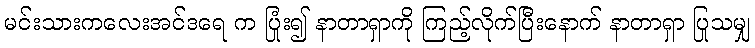
မင်းသားကလေးအင်ဒရေ က ပြုံး၍ နာတာရှာကို ကြည့်လိုက်ပြီးနောက် နာတာရှာ ပြုသမျှ